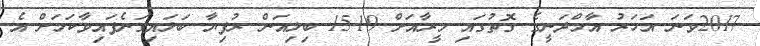
2017ވަނަ އަހަރު އާމްދަނީގެ ގޮތުގައި މީރާއަށް 15.19 ބިލިއަން ރުފިޔާ ބަލައިގަނެފައިވާކަމަށް އެ